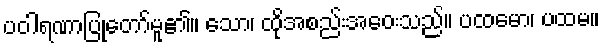
ပဝါရဏာပြုတော်မူ၏။ သော၊ ထိုအစည်းအဝေးသည်။ ပထမော၊ ပထမ။